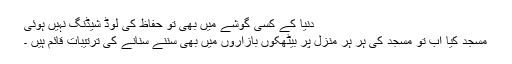
دنیا کے کسی گوشے میں بھی تو حفاظ کی لوڈ شیڈنگ نہیں ہوئی
مسجد کیا اب تو مسجد کی ہر ہر منزل پر بیٹھکوں بازاروں میں بھی سننے سنانے کی ترتیبات قائم ہیں ۔